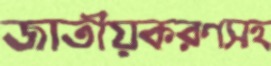
জাতীয়করণসহ